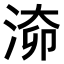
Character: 𣶐